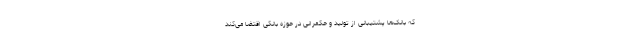
که بانک‌ها پشتیبانی از تولید و حکمرانی در حوزه بانکی اقتضا می‌کند